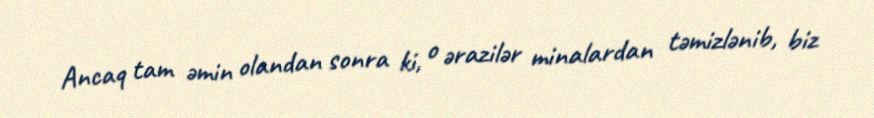
Ancaq tam əmin olandan sonra ki, o ərazilər minalardan təmizlənib, biz